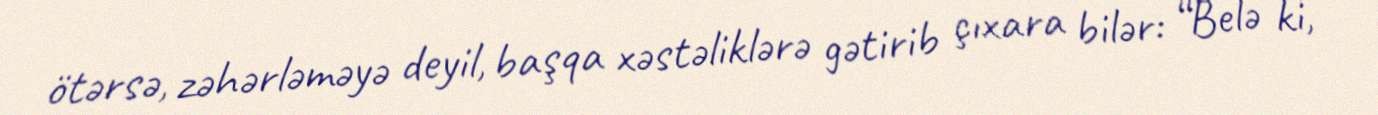
ötərsə, zəhərləməyə deyil, başqa xəstəliklərə gətirib çıxara bilər: “Belə ki,